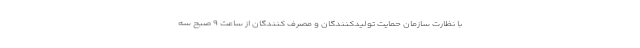
با نظارت سازمان حمایت تولیدکنندگان و مصرف کنندگان از ساعت ۹ صبح سه